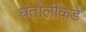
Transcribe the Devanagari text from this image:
धंतोलीकडे